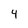
Character: 4